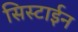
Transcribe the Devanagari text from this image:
सिस्टाईन